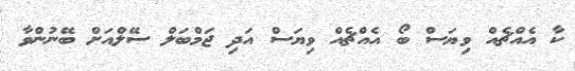
ކާ އެއްޗެއް ވިޔަސް ބޯ އެއްޗެއް ވިޔަސް އަދި ޖަމްބަލް ސޭލްއަށް ބޭނުންވާ